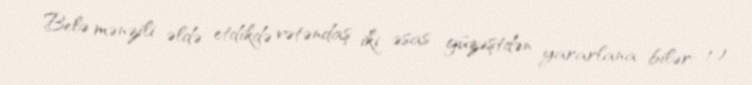
Belə mənzili əldə etdikdə vətəndaş iki əsas güzəştdən yararlana bilər: 1)